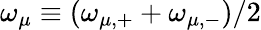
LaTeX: \omega_{\mu}\equiv(\omega_{\mu,+}+\omega_{\mu,-})/2